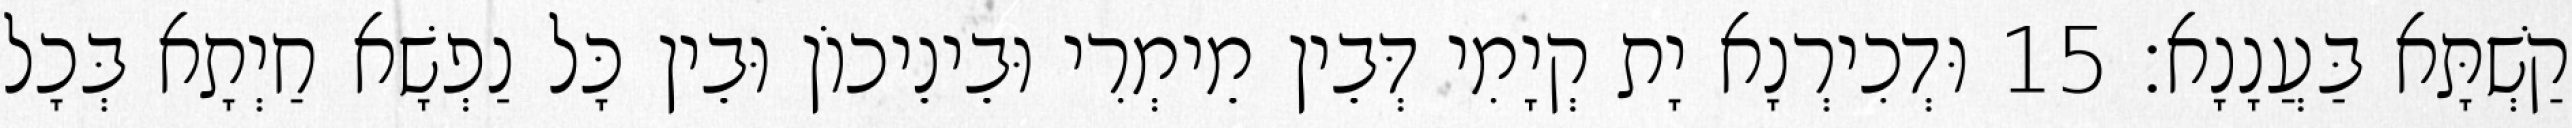
קַשְׁתָּא בַּעֲנָנָא׃ 15 וּדְכִירְנָא יָת קְיָמִי דְּבֵין מֵימְרִי וּבֵינֵיכוֹן וּבֵין כָּל נַפְשָׁא חַיְתָא בְּכָל